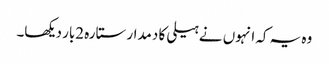
وہ یہ کہ انہوں نے ہیلی کا دمدار ستارہ 2بار دیکھا۔